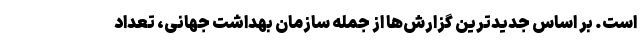
است. بر اساس جدیدترین گزارش‌ها از جمله سازمان بهداشت جهانی، تعداد